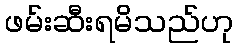
ဖမ်းဆီးရမိသည်ဟု